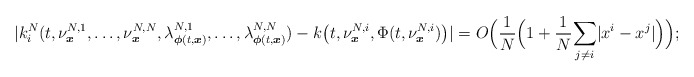
\begin{align*}|k_i^N(t,\nu^{N,1}_{\boldsymbol{x}},\ldots,\nu^{N,N}_{\boldsymbol{x}},\lambda^{N,1}_{\boldsymbol{\phi}(t,\boldsymbol{x})},\ldots,\lambda^{N,N}_{\boldsymbol{\phi}(t,\boldsymbol{x})})-k\big(t,\nu^{N,i}_{\boldsymbol{x}},\Phi(t,\nu^{N,i}_{\boldsymbol{x}})\big)|=O\Big( \frac{1}{N}\Big(1+\frac{1}{N}\underset{j\neq i}\sum|x^i-x^j|\Big) \Big);\end{align*}